Medical and sanitary report of the native army of Madras for the year
Year: 1872
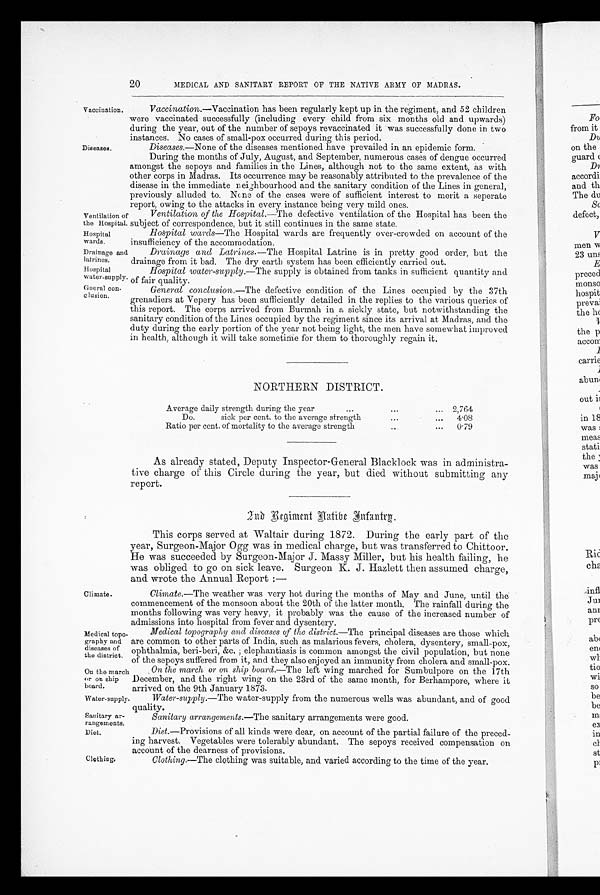
20
MEDICAL AND SANITARY REPORT OF THE NATIVE ARMY OF MADRAS.
Vaccination.
Diseases.
Ventilation of
the Hospital.
Hospital
wards.
Drainage and
latrines.
Hospital
water-supply.
Gneral con-
clusion.
Vaccination.—Vaccination has been regularly kept up in the regiment, and 52 children
were vaccinated successfully (including every child from six months old and upwards)
during the year, out of the number of sepoys revaccinated it was successfully done in two
instances. No cases of small-pox occurred during this period.
Diseases. —None of the diseases mentioned have prevailed in an epidemic form.
During the months of July, August, and September, numerous cases of dengue occurred
amongst the sepoys and families in the Lines, although not to the same extent, as with
other corps in Madras. Its occurrence may be reasonably attributed to the prevalence of the
disease in the immediate neighbourhood and the sanitary condition of the Lines in general,
previously alluded to. None of the cases were of sufficient interest to merit a seperate
report, owing to the attacks in every instance being very mild ones.
Ventilation of the Hospital. —The defective ventilation of the Hospital has been the
subject of correspondence, but it still continues in the same state.
Hospital wards—The Hospital wards are frequently over-crowded on account of the
insufficiency of the accommodation.
Drainage and Latrines. —The Hospital Latrine is in pretty good order, but the
drainage from it bad. The dry earth system has been efficiently carried out.
Hospital water-supply. —The supply is obtained from tanks in sufficient quantity and
of fair quality.
General conclusion. —The defective condition of the Lines occupied by the 37th
grenadiers at Vepery has been sufficiently detailed in the replies to the various queries of
this report. The corps arrived from Burmah in a sickly state, but notwithstanding the
sanitary condition of the Lines occupied by the regiment since its arrival at Madras, and the
duty during the early portion of the year not being light, the men have somewhat improved
in health, although it will take sometime for them to thoroughly regain it.
NORTHERN DISTRICT.
Average daily strength during the year
...
...
... 2,764
Do.
sick per cent. to the average strength
...
...
4.08
Ratio per cent. of mortality to the average strength
...
0.79
As already stated, Deputy Inspector-General Blacklock was in administra-
tive charge of this Circle during the year, but died without submitting any
report.
Climate.
Medical topo-
graphy and
diseases of
the district.
On tho march
or on ship
board.
Water-supply
Sanitary ar-
rangements.
Diet.
Clothing.
2nd Rgiment Natibe Infantry.
This corps served at Waltair during 1872. During the early part of the
year, Surgeon-Major Ogg was in medical charge, but was transferred to Chittoor.
He was succeeded by Surgeon-Major J. Massy Miller, but his health failing, he
was obliged to go on sick leave. Surgeon K. J . Hazlett then assumed charge,
and wrote the Annual Report : —
Climate. —The weather was very hot during the months of May and June, until the
commencement of the monsoon about the 20th of the latter month. The rainfall during the
months following was very heavy, it probably was the cause of the increased number of
admissions into hospital from fever and dysentery.
Medical topography and diseases of the district. —The principal diseases are those which
are common to other parts of India, such as malarious fevers, cholera, dysentery, small-pox,
ophthalmia, beri-beri,&c; elephantiasis is common amongst the civil population, but none
of the sepoys suffered from it, and they also enjoyed an immunity from cholera and small-pox.
.0n the march or on ship board —The left wing marched for Sumbulpore on the 17th
December, and the right wing on the 23rd of the same month, for Berhampore, where it
arrived on the 9th January 1873.
Water-supply.—The water-supply from the numerous wells was abundant, and of good
quality.
Sanitary arrangements. —The sanitary arrangements were good.
Diet. —Provisions of all kinds were dear, on account of the partial failure of the preced-
ing harvest. Vegetables were tolerably abundant. The sepoys received compensation on
account of the dearness of provisions.
Clothing.—The clothing was suitable, and varied according to the time of the year.